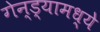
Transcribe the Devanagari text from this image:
गेन्ड्यामध्ये